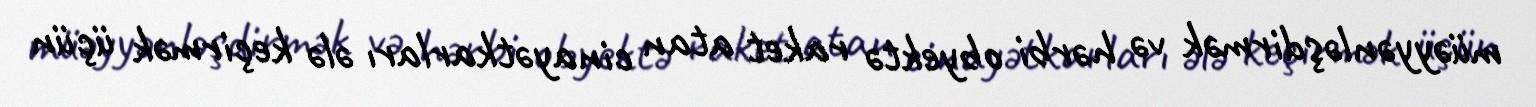
müəyyənləşdirmək və hərbi obyektə raket atan cinayətkarları ələ keçirmək üçün